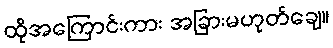
ထိုအကြောင်းကား အခြားမဟုတ်ချေ။